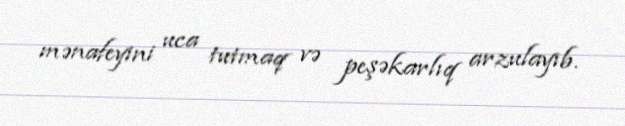
mənafeyini uca tutmaq və peşəkarlıq arzulayıb.